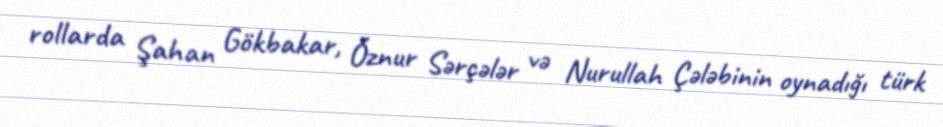
rollarda Şahan Gökbakar, Öznur Sərçələr və Nurullah Çələbinin oynadığı türk